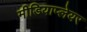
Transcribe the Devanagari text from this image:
मीडियाप्लेयर